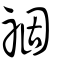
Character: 祻